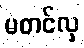
မတင်လှ